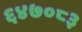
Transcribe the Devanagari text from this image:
६४७०८३